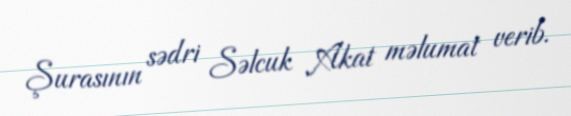
Şurasının sədri Səlcuk Akat məlumat verib.